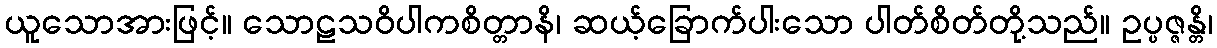
ယူသောအားဖြင့်။ သောဠသဝိပါကစိတ္တာနိ၊ ဆယ့်ခြောက်ပါးသော ပါတ်စိတ်တို့သည်။ ဥပ္ပဇ္ဇန္တိ၊